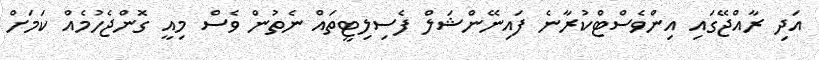
އަދި ރާއްޖޭގައި އިންވެސްޓްކުރާނެ ފައިނޭންޝަލް ފެސިލިޓީތައް ނެތުން ވެސް މިއީ ގޮންޖެހުމެއް ކަމަށް